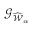
{ \mathcal G } _ { \widehat { \mathcal W } _ { \alpha } }